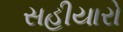
સહીયારો